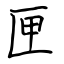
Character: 匣